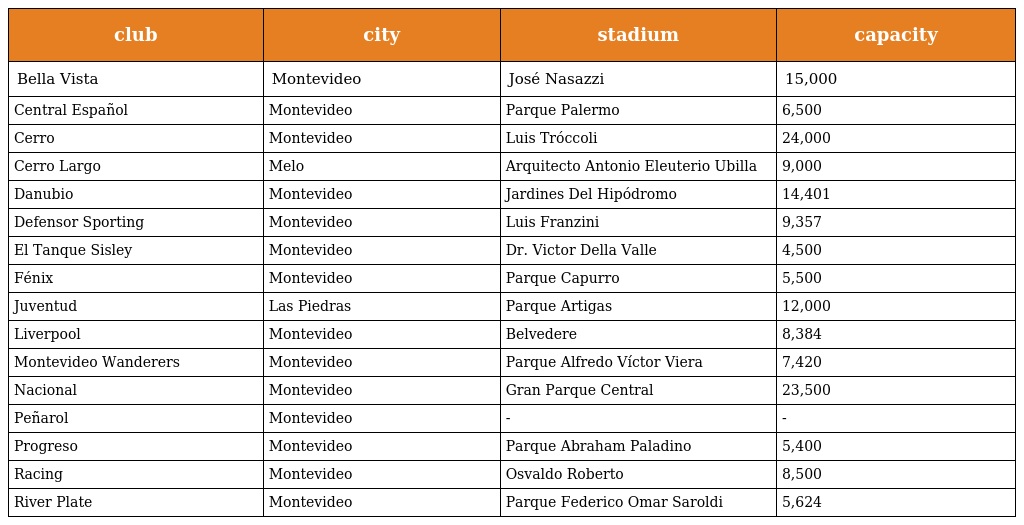
| club | city | stadium | capacity |
 | --- | --- | --- | --- |
 | Bella Vista | Montevideo | José Nasazzi | 15,000 |
 | Central Español | Montevideo | Parque Palermo | 6,500 |
 | Cerro | Montevideo | Luis Tróccoli | 24,000 |
 | Cerro Largo | Melo | Arquitecto Antonio Eleuterio Ubilla | 9,000 |
 | Danubio | Montevideo | Jardines Del Hipódromo | 14,401 |
 | Defensor Sporting | Montevideo | Luis Franzini | 9,357 |
 | El Tanque Sisley | Montevideo | Dr. Victor Della Valle | 4,500 |
 | Fénix | Montevideo | Parque Capurro | 5,500 |
 | Juventud | Las Piedras | Parque Artigas | 12,000 |
 | Liverpool | Montevideo | Belvedere | 8,384 |
 | Montevideo Wanderers | Montevideo | Parque Alfredo Víctor Viera | 7,420 |
 | Nacional | Montevideo | Gran Parque Central | 23,500 |
 | Peñarol | Montevideo | - | - |
 | Progreso | Montevideo | Parque Abraham Paladino | 5,400 |
 | Racing | Montevideo | Osvaldo Roberto | 8,500 |
 | River Plate | Montevideo | Parque Federico Omar Saroldi | 5,624 |